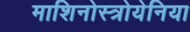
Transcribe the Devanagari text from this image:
माशिनोस्त्रोयेनिया